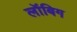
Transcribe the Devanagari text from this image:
लॉबिग